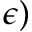
\epsilon )